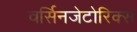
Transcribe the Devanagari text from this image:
वर्सिनजेटोरिक्स